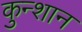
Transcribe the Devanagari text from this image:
कुन्शान